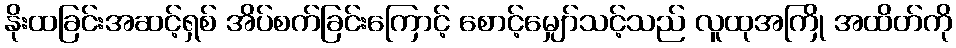
နိုးထခြင်းအဆင့်ရှစ် အိပ်စက်ခြင်းကြောင့် စောင့်မျှော်သင့်သည် လူထုအကြို အထိတ်ကို